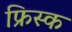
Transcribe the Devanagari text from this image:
फ्रिस्क